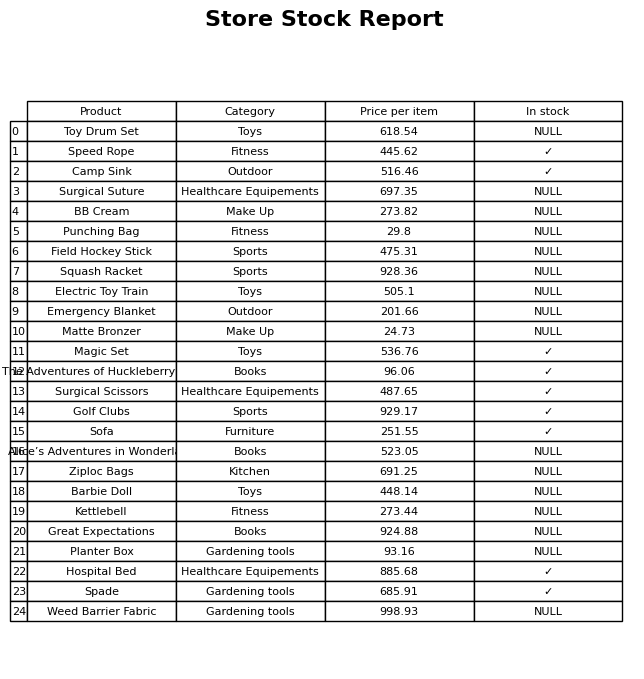
question: Is the Camp Sink in stock?
answer: ✓